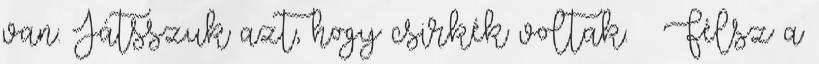
van. Játsszuk azt, hogy csirkék voltak. – Félsz a